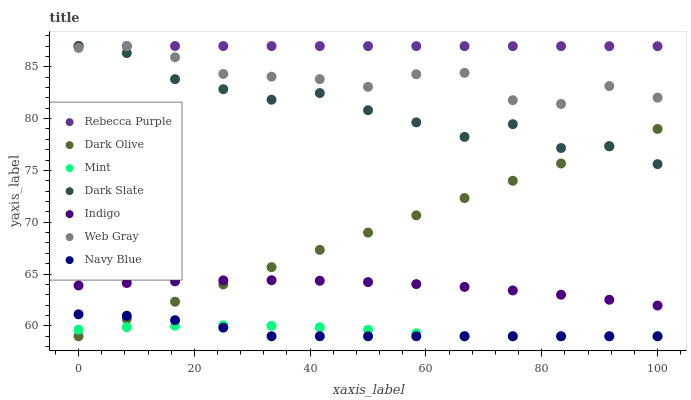
| xaxis_label | Rebecca Purple | Dark Olive | Mint | Dark Slate | Indigo | Web Gray | Navy Blue |
 | --- | --- | --- | --- | --- | --- | --- | --- |
 | 0 | 87 | 59 | 59.6 | 87 | 63.9 | 86.8 | 61.1 |
 | 8.33 | 87 | 60.7 | 59.9 | 86.3 | 64.1 | 87 | 61 |
 | 16.7 | 87 | 62.3 | 60 | 83.8 | 64.3 | 85.9 | 60.6 |
 | 25 | 87 | 64 | 60.1 | 82.8 | 64.4 | 84.3 | 59.8 |
 | 33.3 | 87 | 65.7 | 60 | 81.8 | 64.4 | 84 | 59 |
 | 41.7 | 87 | 67.3 | 59.9 | 82.5 | 64.4 | 83.8 | 59 |
 | 50 | 87 | 69 | 59.6 | 80.8 | 64.2 | 83.1 | 59 |
 | 58.3 | 87 | 70.7 | 59.3 | 79.6 | 64 | 84.3 | 59 |
 | 66.7 | 87 | 72.3 | 59 | 78.2 | 63.8 | 84.4 | 59 |
 | 75 | 87 | 74 | 59 | 79.5 | 63.4 | 81.8 | 59 |
 | 83.3 | 87 | 75.7 | 59 | 77.2 | 63 | 81.4 | 59 |
 | 91.7 | 87 | 77.3 | 59 | 77.3 | 62.5 | 83.1 | 59 |
 | 100 | 87 | 79 | 59 | 75.6 | 62 | 82 | 59 |